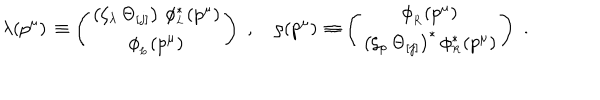
\lambda ( p ^ { \mu } ) \, \equiv \left( \begin{array} { c } { { \left( \zeta _ { \lambda } \, \Theta _ { [ j ] } \right) \, \phi _ { _ L } ^ { \ast } ( p ^ { \mu } ) } } \\ { { \phi _ { _ L } ( p ^ { \mu } ) } } \\ \end{array} \right) \, \, , \quad \rho ( p ^ { \mu } ) \, \equiv \left( \begin{array} { c } { { \phi _ { _ R } ( p ^ { \mu } ) } } \\ { { \left( \zeta _ { \rho } \, \Theta _ { [ j ] } \right) ^ { \ast } \, \phi _ { _ R } ^ { \ast } ( p ^ { \mu } ) } } \\ \end{array} \right) \, \, .